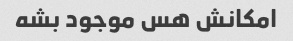
امکانش هس موجود بشه